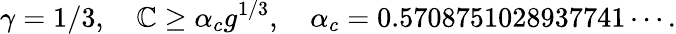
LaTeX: \gamma=1/3,\quad\mathbb{C}\geq\alpha_{c}g^{1/3},\quad\alpha_{c}=0.5708751028937741\cdots.